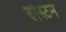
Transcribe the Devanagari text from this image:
रुस्टिन